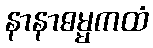
နာနာဓမ္မကထံ